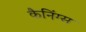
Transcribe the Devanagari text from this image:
कैनिंग्स